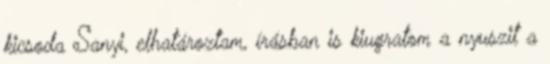
kicsoda Sa­nyi, elhatároztam, írásban is kiugratom a nyuszit a